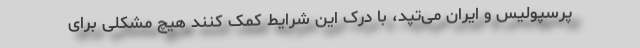
پرسپولیس و ایران می‌تپد، با درک این شرایط کمک کنند هیچ مشکلی برای